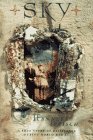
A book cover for Sky: A True Story of Resistance During World War II; Hanneke Ippisch; Teen & Young Adult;